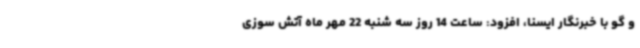
و گو با خبرنگار ایسنا، افزود: ساعت 14 روز سه شنبه 22 مهر ماه آتش سوزی